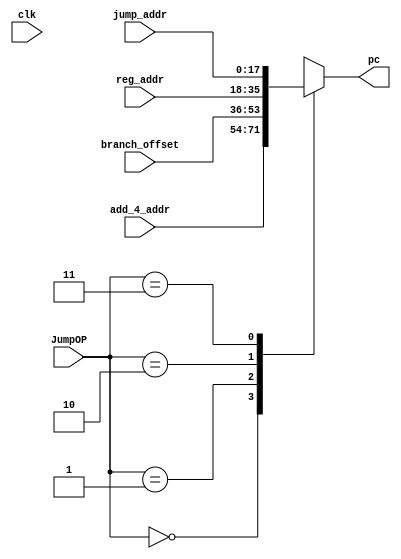

module mux_4to1(JumpOP,
		clk,
		jump_addr,
		branch_offset,
		reg_addr,
		add_4_addr,
		pc
		);


	parameter mem_size = 18;
	
	input   [1:0]		JumpOP;
	input     		clk;
	input   [mem_size-1:0] 	jump_addr;
	input   [mem_size-1:0] 	branch_offset;
	input   [mem_size-1:0] 	reg_addr;
	input   [mem_size-1:0] 	add_4_addr;

	output reg [mem_size-1:0] pc;

	localparam c_add_4_addr		= 2'b00;
	localparam c_branch_offset	= 2'b01;
	localparam c_reg_addr		= 2'b10;
	localparam c_jump_addr		= 2'b11;

	always@(*)
	begin
		case(JumpOP)
			c_add_4_addr		: pc = add_4_addr;
			c_branch_offset		: pc = branch_offset;
			c_reg_addr		: pc = reg_addr; 
			c_jump_addr		: pc = jump_addr; 
		endcase
	end



endmodule